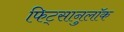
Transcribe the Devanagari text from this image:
फिट्सानुलॉक